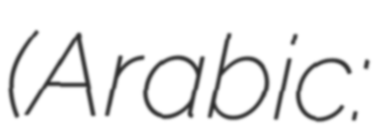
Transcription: (Arabic: